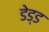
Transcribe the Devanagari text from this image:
डेड्ड